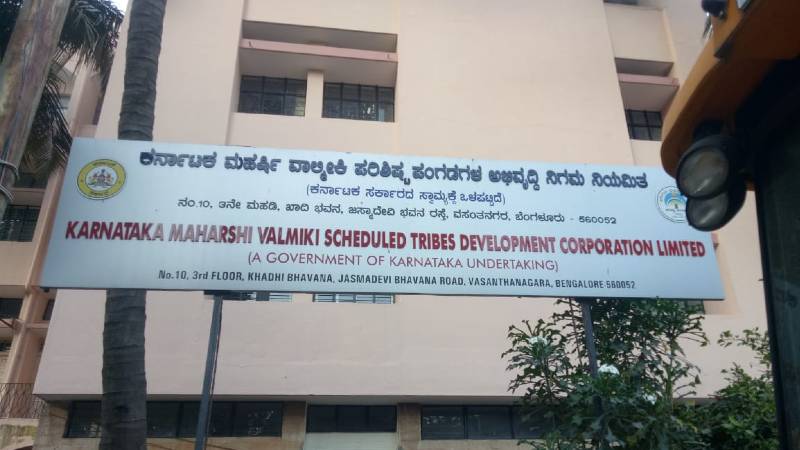
Language: kannada
Transcription: ವಾಲ್ಮೀಕಿ ಪರಿಶಿಷ ಮಹರ್ಷಿ ಪಂಗಡಗಳ ನಿಗಮ ನಿಯಮಿತ ಅಭಿವೃದ್ಧಿ ಕರ್ನಾಟಕ